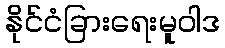
နိုင်ငံခြားရေးမူဝါဒ